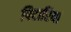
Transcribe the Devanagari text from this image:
पिटारियां